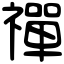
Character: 禪